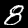
Label: 8